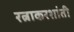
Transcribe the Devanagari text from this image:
रत्नाकरशांती